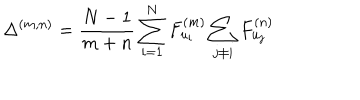
\Delta ^ { ( m , n ) } = \frac { N - 1 } { m + n } \sum _ { i = 1 } ^ { N } F _ { u _ { i } } ^ { ( m ) } \sum _ { j \neq i } F _ { u _ { j } } ^ { ( n ) }